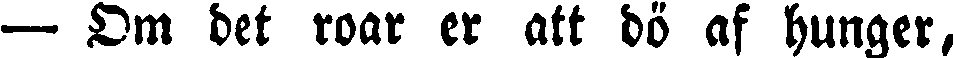
— Om det roar er att dö af hunger,